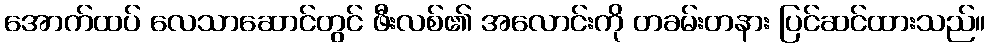
အောက်ထပ် လေသာဆောင်တွင် ဖီးလစ်၏ အလောင်းကို တခမ်းတနား ပြင်ဆင်ထားသည်။